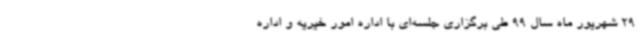
29 شهریور ماه سال 99 طی برگزاری جلسه‌ای با اداره امور خیریه و اداره